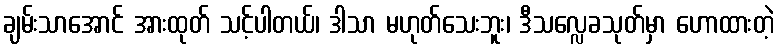
ချမ်းသာအောင် အားထုတ် သင့်ပါတယ်၊ ဒါသာ မဟုတ်သေးဘူး၊ ဒီသလ္လေခသုတ်မှာ ဟောထားတဲ့